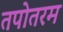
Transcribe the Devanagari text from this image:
तपोतरम